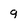
Character: q